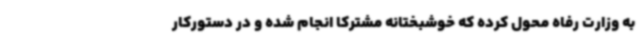
به وزارت رفاه محول کرده که خوشبختانه مشترکا انجام شده و در دستورکار